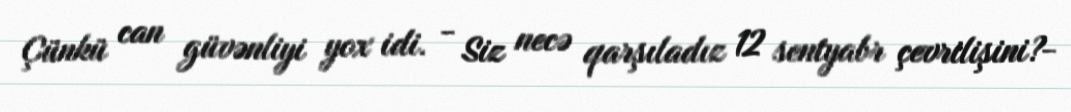
Çünkü can güvənliyi yox idi. - Siz necə qarşıladız 12 sentyabr çevrilişini?-